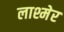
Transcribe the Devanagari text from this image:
लाश्मेर